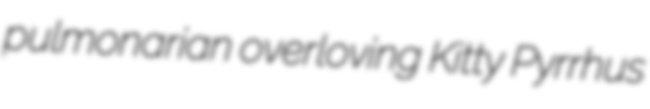
pulmonarian overloving Kitty Pyrrhus